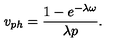
v _ { p h } = \frac { 1 - e ^ { - \lambda \omega } } { \lambda p } .